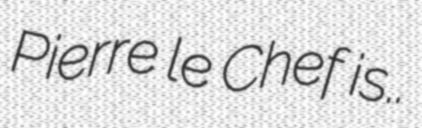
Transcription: Pierre le Chef is..